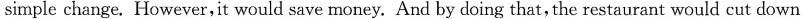
simple change. However,it would save money. And by doing that, the restaurant would cut down